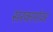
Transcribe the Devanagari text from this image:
सरकारांवर